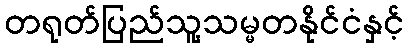
တရုတ်ပြည်သူ့သမ္မတနိုင်ငံနှင့်